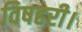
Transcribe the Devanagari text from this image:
विषहरी।